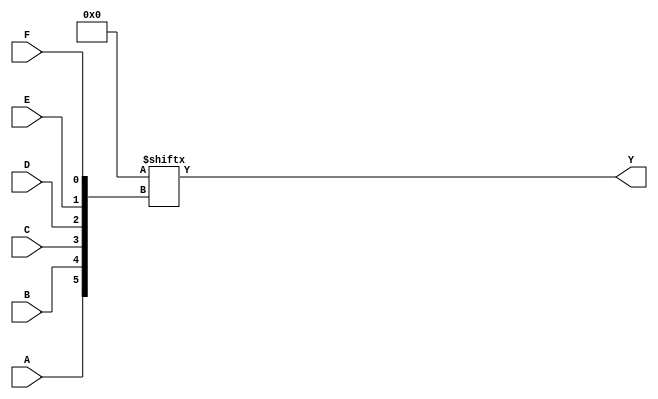
module six_variable_kmap (
    input wire A, B, C, D, E, F,
    output wire Y
);

// Declare a 64-bit wide ROM to represent the K-map values
// Each bit represents a minterm for the 64 possible combinations of A, B, C, D, E, F
// Initialize the K-map with your specific truth table values (0s and 1s) here

// Note: The following initialization is just a placeholder.
// Replace the binary values in 'kmap' with your actual K-map values.
reg [63:0] kmap = 64'b0000000000000000000000000000000000000000000000000000000000000000;  

// The minterm index is computed as follows: 
// index = 8 * {A, B, C} + {D, E, F}
// where `{A, B, C}` is the combined value of the first three inputs
//       `{D, E, F}` is the combined value of the last three inputs
wire [2:0] row;
wire [2:0] col;
assign row = {A, B, C};  // 3-bit representation of A,B,C
assign col = {D, E, F};  // 3-bit representation of D,E,F
wire [5:0] index = {row, col}; // Combine into a 6-bit index

// Output the value from the K-map based on the computed index
assign Y = kmap[index];

endmodule